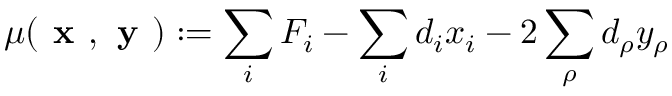
\mu ( \textbf { x } , \textbf { y } ) : = \sum _ { i } F _ { i } - \sum _ { i } d _ { i } x _ { i } - 2 \sum _ { \rho } d _ { \rho } y _ { \rho }